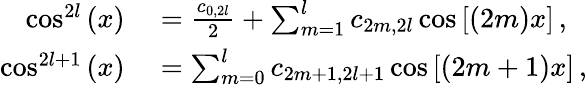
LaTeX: \begin{array}{rl}{\cos^{2l}{(x)}}&{{}=\frac{c_{0,2l}}{2}+\sum_{m=1}^{l}c_{2m,2l}\cos{[(2m)x]}\, ,}\\ {\cos^{2l+1}{(x)}}&{{}=\sum_{m=0}^{l}c_{2m+1,2l+1}\cos{[(2m+1)x]}\, ,}\end{array}